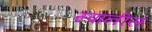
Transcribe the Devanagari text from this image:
स्पानीस